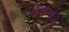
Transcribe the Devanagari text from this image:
गृह्मसंस्कारों